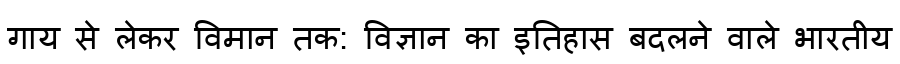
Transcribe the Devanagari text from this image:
गाय से लेकर विमान तक: विज्ञान का इतिहास बदलने वाले भारतीय